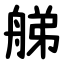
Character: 䑯